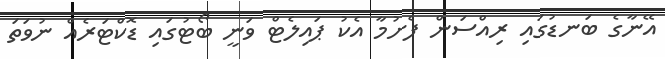
އޭނާގެ ބަނޑުގައި ރިއްސަން ފެށުމާ އެކު ޕައިލެޓް ވަނީ ބޯޓުގައި ޑޮކްޓަރެއް ނުވަތަ